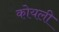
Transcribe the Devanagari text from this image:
कोयली